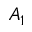
A _ { 1 }